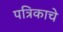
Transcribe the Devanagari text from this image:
पत्रिकाचे